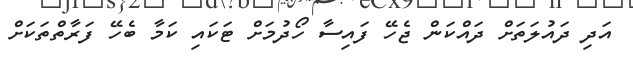
އަދި ދައުލަތަށް ދައްކަން ޖެހޭ ފައިސާ ހޯދުމަށް ޓަކައި ކަމާ ބެހޭ ފަރާތްތަކަށް